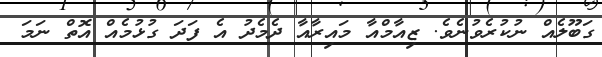
ގަބޫލެއް ނުކުރެވުނެވެ. ޒިއާމްއާ މައިރާއާ ދެމެދު އެ ފަދަ ގުޅުމެއް އޮތް ނަމަ